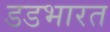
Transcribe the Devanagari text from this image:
डडभारत